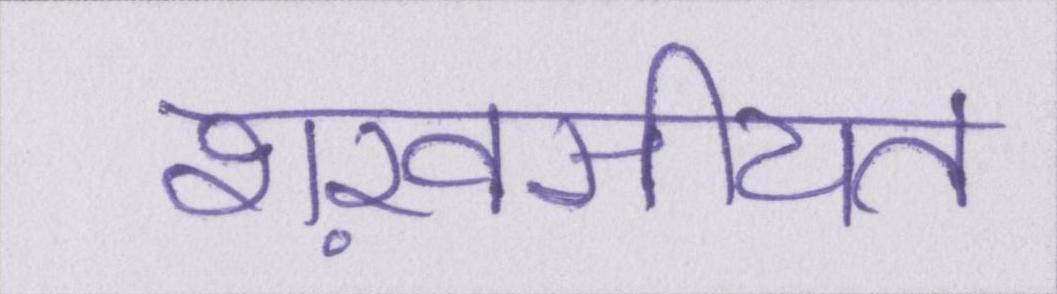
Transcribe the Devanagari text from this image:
शख़सीयत